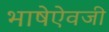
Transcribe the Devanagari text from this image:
भाषेऐवजी